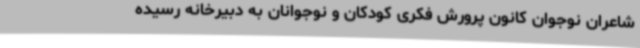
شاعران نوجوان کانون پرورش فکری کودکان و نوجوانان به دبیرخانه رسیده